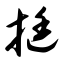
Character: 挺